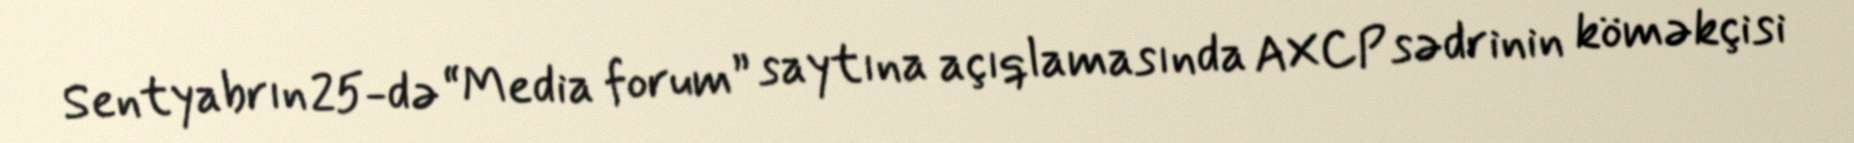
Sentyabrın 25-də “Media forum” saytına açıqlamasında AXCP sədrinin köməkçisi